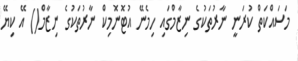
މަސައްކަތް ކުރަނީ ނާރުތަކުގެ ނިޒާމްގައި ހިމެނޭ އުޓޮނޮމިކް ނާރުތަކުގެ ނިޒާމް() އޭ ކިޔޭ